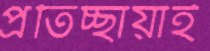
প্রতিচ্ছায়াই